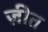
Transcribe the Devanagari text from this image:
ज़ीत